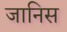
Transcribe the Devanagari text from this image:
जानिस